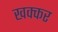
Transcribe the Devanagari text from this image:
खक्कर